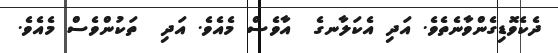
ދެކެވޮޑިގެންވާނެތެވެ. އަދި އެކަލާނގެ  އާވެސް މެއެވެ. އަދި  ތަކުންވެސް މެއެވެ.